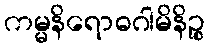
ကမ္မနိရောဓဂါမိနိဉ္စ